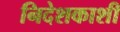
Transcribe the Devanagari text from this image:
निदेशकाशी